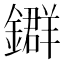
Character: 𨮉